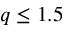
q \leq 1 . 5